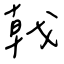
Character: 戟